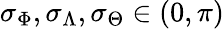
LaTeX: \sigma_{\Phi},\sigma_{\Lambda},\sigma_{\Theta}\in(0,\pi)